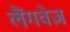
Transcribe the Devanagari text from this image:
लैंगवेज़